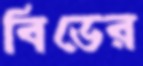
বিডের